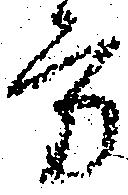
方